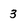
Character: 3